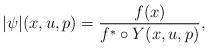
LaTeX: \begin{align*}|\psi|(x,u,p)=\frac{f(x)}{f^*\circ Y(x,u,p)},\end{align*}